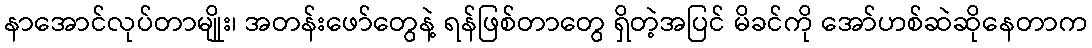
နာအောင်လုပ်တာမျိုုး၊ အတန်းဖော်တွေနဲ့ ရန်ဖြစ်တာတွေ ရှိတဲ့အပြင် မိခင်ကို အော်ဟစ်ဆဲဆိုနေတာက